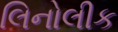
લિનોલીક